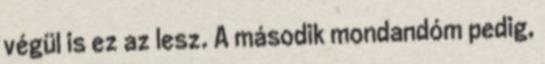
végül is ez az lesz. A második mondandóm pedig,